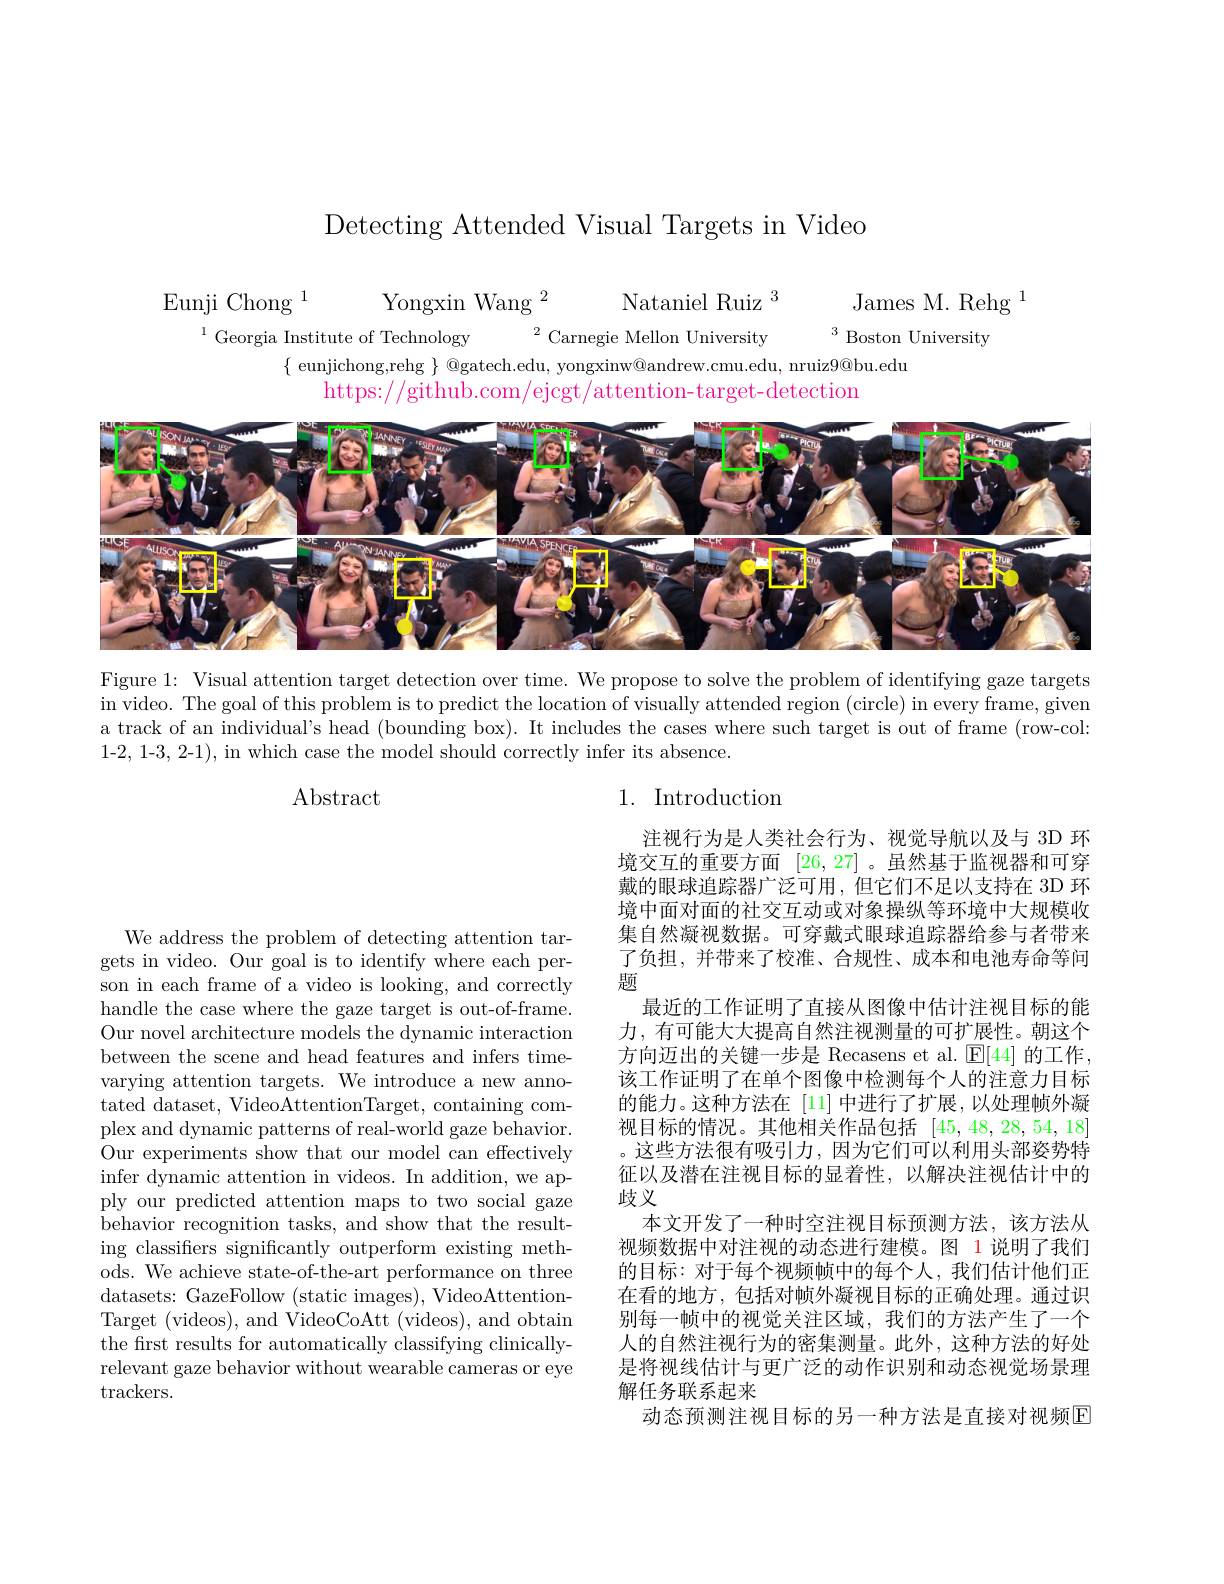
Detecting Attended Visual Targets in Video

James M. Rehg $^{1}$
Eunji Chong $^{1}$
Yongxin Wang $^2$
Nataniel Ruiz $^3$
$^{1}$Georgia Institute of Technology
$^{2}$Carnegie Mellon University
$^3$ Boston University
$\{$ eunjichong,rehg $\}$ @gatech.edu, yongxinw@andrew.cmu.edu, nruiz9@bu.edu
https://github.com/ejcgt/attention-target-detection

<FigureHere>

Figure 1: Visual attention target detection over time. We propose to solve the problem of identifying gaze targets in video. The goal of this problem is to predict the location of visually attended region (circle) in every frame, given a track of an individual's head (bounding box). It includes the cases where such target is out of frame (row-col: 1-2, 1-3, 2-1), in which case the model should correctly infer its absence.

Abstract

## 1. Introduction

注视行为是人类社会行为、视觉导航以及与 3D 环境交互的重要方面[26,27] 。虽然基于监视器和可穿戴的眼球追踪器广泛可用，但它们不足以支持在 3D 环境中面对面的社交互动或对象操纵等环境中大规模收集自然凝视数据。可穿戴式眼球追踪器给参与者带来了负担，并带来了校准、合规性、成本和电池寿命等问题
最近的工作证明了直接从图像中估计注视目标的能力，有可能大大提高自然注视测量的可扩展性。朝这个方向迈出的关键一步是 Recasens et al. $\mathbb{E}[44]$的工作， 该工作证明了在单个图像中检测每个人的注意力目标的能力。这种方法在 [11] 中进行了扩展，以处理帧外凝视目标的情况。其他相关作品包括[45,48,28,54,18] 。这些方法很有吸引力，因为它们可以利用头部姿势特征以及潜在注视目标的显着性，以解决注视估计中的歧义
本文开发了一种时空注视目标预测方法，该方法从视频数据中对注视的动态进行建模。图 1 说明了我们的目标：对于每个视频帧中的每个人，我们估计他们正在看的地方，包括对帧外凝视目标的正确处理。通过识别每一帧中的视觉关注区域，我们的方法产生了一个人的自然注视行为的密集测量。此外，这种方法的好处是将视线估计与更广泛的动作识别和动态视觉场景理解任务联系起来
动态预测注视目标的另一种方法是直接对视频E

We address the problem of detecting attention targets in video. Our goal is to identify where each person in each frame of a video is looking, and correctly handle the case where the gaze target is out-of-frame. Our novel architecture models the dynamic interaction between the scene and head features and infers timevarying attention targets. We introduce a new annotated dataset, VideoAttentionTarget, containing complex and dynamic patterns of real-world gaze behavior. Our experiments show that our model can effectively infer dynamic attention in videos. In addition, we apply our predicted attention maps to two social gaze behavior recognition tasks, and show that the resulting classifiers significantly outperform existing methods. We achieve state-of-the-art performance on three datasets: GazeFollow (static images), VideoAttentionTarget (videos),and VideoCoAtt(videos),and obtain the frst results for automatically classifying clinicallyrelevant gaze behavior without wearable cameras or eye trackers.